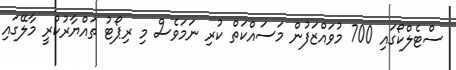
ސްޓެލްކޯގައި 700 މުވައްޒަފުން މަސައްކަތް ކުރި ނަމަވެސް މި ރިޕޯޓު ތައްޔާރުކުރީ މާލޭގައި